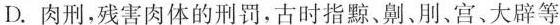
D.肉刑。残害肉体的刑罚，古时指黥，刖，宫，大辟等